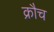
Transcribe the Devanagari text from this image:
क्रौच